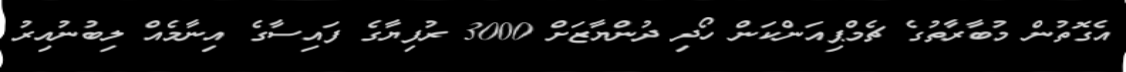
އެގޮތުން މުބާރާތުގެ ޗެމްޕިއަންކަން ހޯދި ދުންޔާޒަށް 3000 ރުފިޔާގެ ފައިސާގެ އިނާމެއް ލިބުނުއިރު